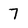
Character: 7